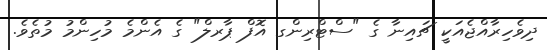
ދިވެހިރާއްޖެއަކީ ޗައިނާ ގެ "ސްޓްރިންގ އޮފް ޕާރލް" ގެ އެންމެ މުހިންމު މުތެވެ.